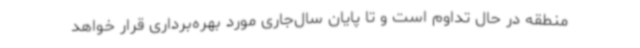
منطقه در حال تداوم است و تا پایان سال‌جاری مورد بهره‌برداری قرار خواهد